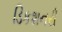
ડિકશનરી